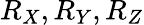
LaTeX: R_{X},R_{Y},R_{Z}